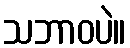
သဘာဝပဲ။